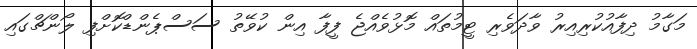
މަގާމު ދިފާއުކުރިއިރު ވާދަވެރި ޓީމުތައް މޮޅުވެއްޖެ ފީފާ އިން ކުވޭތު ސަސްޕެންޑްކޮށްފި ލޯންޗްގައި